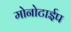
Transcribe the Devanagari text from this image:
मोनोटाईप